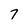
Character: 7